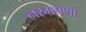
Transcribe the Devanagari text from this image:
नरमपणा